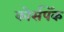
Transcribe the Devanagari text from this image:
कोर्सपॅक